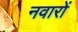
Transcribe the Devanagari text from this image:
नवारों